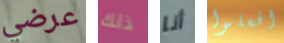
عرضي ذلك أنا افعلوا